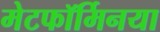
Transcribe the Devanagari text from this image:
मेटफॉर्मिनया